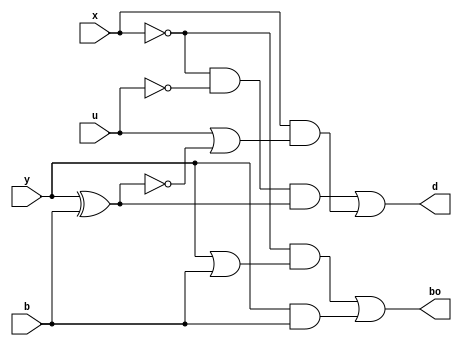
//CSM
//Sepehr Razmyar 2020
module CSM (
          x,
          y,
          b,
          u,
          bo,
          d
  );

  input x, y, b, u;
  output bo, d;

  wire xNot, yNot, bNot, uNot;

  assign xNot = ~x;
  assign yNot = ~y;
  assign bNot = ~b;
  assign uNot = ~u;

  assign bo = (xNot & (y | b)) | (y & b);
  assign d = ((xNot & uNot) & (y ^ b)) | (x & (u | ~(y ^ b)));

endmodule